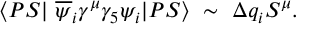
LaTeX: \langle P S | ~ \overline { { { \psi } } } _ { i } \gamma ^ { \mu } \gamma _ { 5 } \psi _ { i } | P S \rangle ~ \sim ~ \Delta q _ { i } S ^ { \mu } .